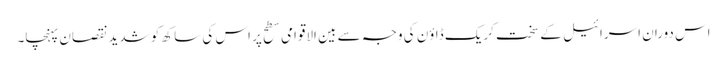
اس دوران اسرائیل کے سخت کریک ڈاؤن کی وجہ سے بین الاقوامی سطح پر اس کی ساکھ کو شدید نقصان پہنچا۔